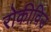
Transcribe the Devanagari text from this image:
रोकीविउ